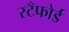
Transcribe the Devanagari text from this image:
स्टँफोर्ड